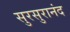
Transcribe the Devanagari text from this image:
सुरसुरानंद